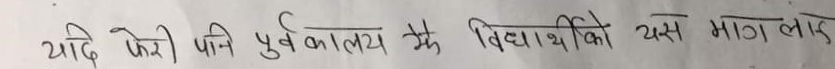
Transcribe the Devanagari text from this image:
यदि फेरी पनि पूर्वकालय के विद्यार्थी को यस माग लाई